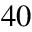
4 0